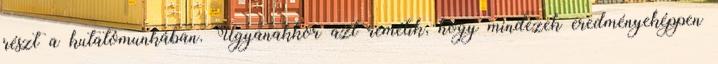
részt a kutatómunkában. Ugyanakkor azt remélik, hogy mindezek eredményeképpen